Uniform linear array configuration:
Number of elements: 12
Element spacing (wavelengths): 0.5
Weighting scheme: exponential
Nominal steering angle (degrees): -45
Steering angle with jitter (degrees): -43.423
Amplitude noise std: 0.05
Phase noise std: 0.05

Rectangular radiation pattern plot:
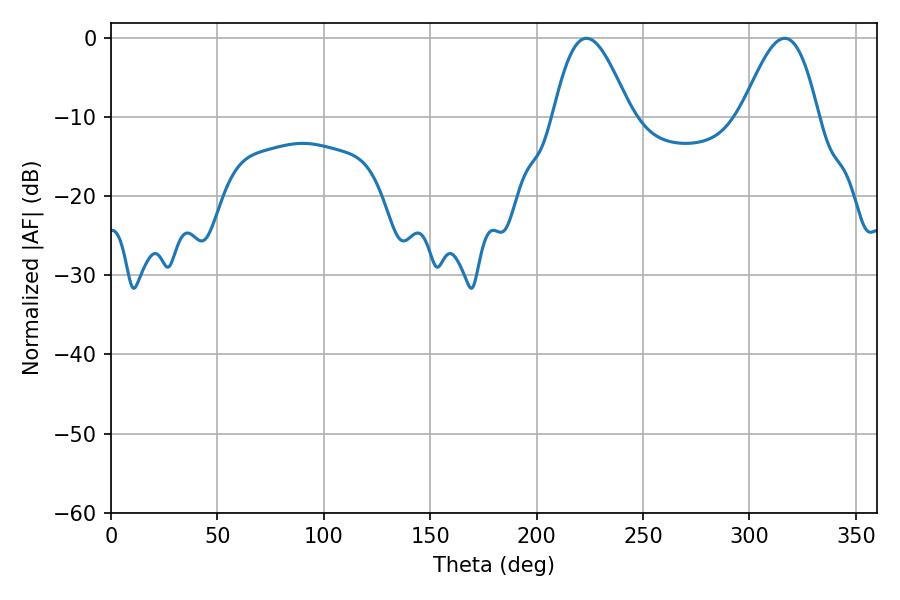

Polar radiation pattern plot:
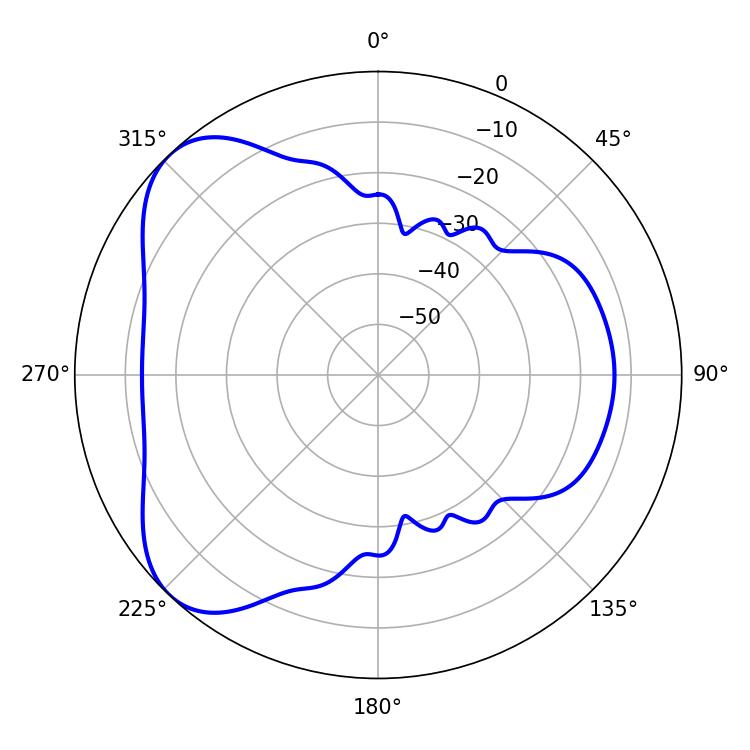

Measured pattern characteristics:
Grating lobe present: FALSE
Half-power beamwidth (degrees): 19.44
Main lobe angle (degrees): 223.38